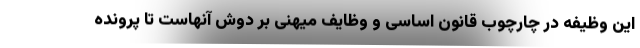
این وظیفه در چارچوب قانون اساسی و وظایف میهنی بر دوش آنهاست تا پرونده